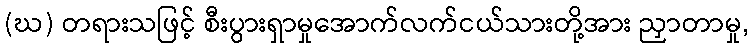
(ဃ) တရားသဖြင့် စီးပွားရှာမှုအောက်လက်ငယ်သားတို့အား ညှာတာမှု,